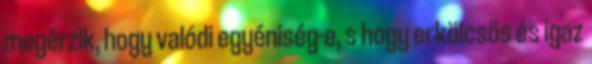
megérzik, hogy valódi egyéniség-e, s hogy erkölcsös és igaz